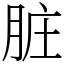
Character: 脏